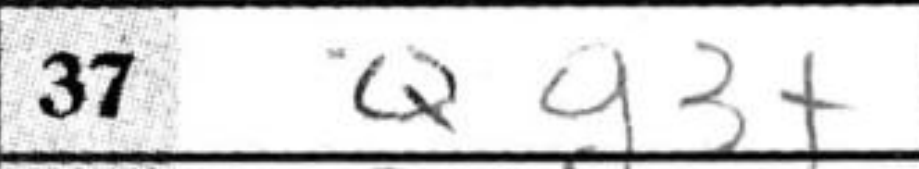
Transcription: Qg3+